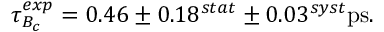
\tau _ { B _ { c } } ^ { e x p } = 0 . 4 6 \pm 0 . 1 8 ^ { s t a t } \pm 0 . 0 3 ^ { s y s t } \mathrm { p s } .